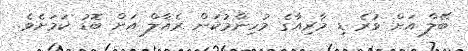
ބޭލް އަށް ވުރެ ޑި މާރިއާގެ މުހިންމުކަން ރެއާލް އަށް ބޮޑު ކަމަށެވެ.